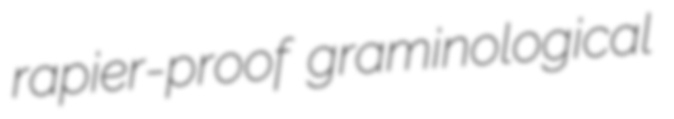
rapier-proof graminological